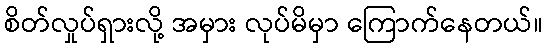
စိတ်လှုပ်ရှားလို့ အမှား လုပ်မိမှာ ကြောက်နေတယ်။